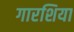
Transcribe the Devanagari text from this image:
गारशिया